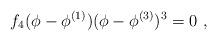
LaTeX: \begin{align*}f_4(\phi - \phi^{(1)})(\phi - \phi^{(3)})^3 = 0\ , \end{align*}